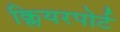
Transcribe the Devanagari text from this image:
क्लियरपोर्ट